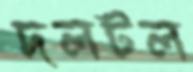
দলটল